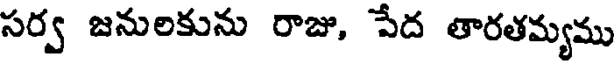
సర్వ జనులకును రాజు, పేద తారతమ్యము